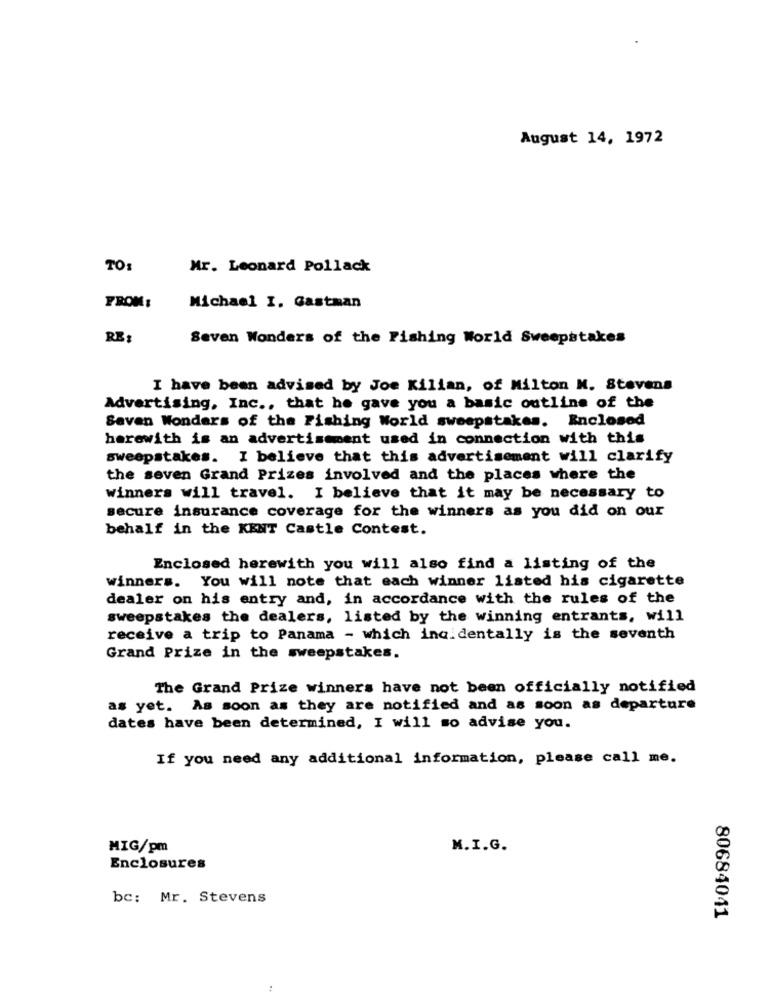
August 14, 1972
TO:
Mr. Leonard Pollack
FROM:
Michael I. Gastman
RE:
Seven Wonders of the Fishing World Sweepstakes
I have been advised by Joe Kilian, of Milton M. Stevens
Advertising, Inc ., that he gave you a basic outline of the
Seven Wonders of the Fishing World sweepstakes. Enclosed
herewith is an advertisement used in connection with this
sweepstakes. I believe that this advertisement will clarify
the seven Grand Prizes involved and the places where the
winners will travel. I believe that it may be necessary to
secure insurance coverage for the winners as you did on our
behalf in the KENT Castle Contest.
Enclosed herewith you will also find a listing of the
winners. You will note that each winner listed his cigarette
dealer on his entry and, in accordance with the rules of the
sweepstakes the dealers, listed by the winning entrants, will
receive a trip to Panama - which ina. dentally is the seventh
Grand Prize in the sweepstakes.
The Grand Prize winners have not been officially notified
as yet. As soon as they are notified and as soon as departure
dates have been determined, I will so advise you.
If you need any additional information, please call me.
MIG/pm
M.I.G.
Enclosures
bc: Mr. Stevens
80684041